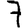
Digit: 7